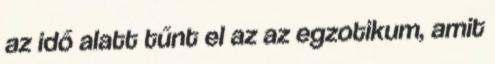
az idő alatt tűnt el az az egzotikum, amit